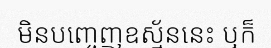
មិនបញ្ចេញឧស្ម័ននេះ ឬក៏